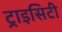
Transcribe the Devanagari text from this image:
ट्राइसिटी